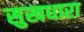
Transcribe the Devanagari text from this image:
सुखधारा